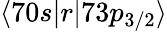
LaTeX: \langle 70s|r|73p_{3/2}\rangle